Vabadussoja_Ajaloo_Komitee, lk 72
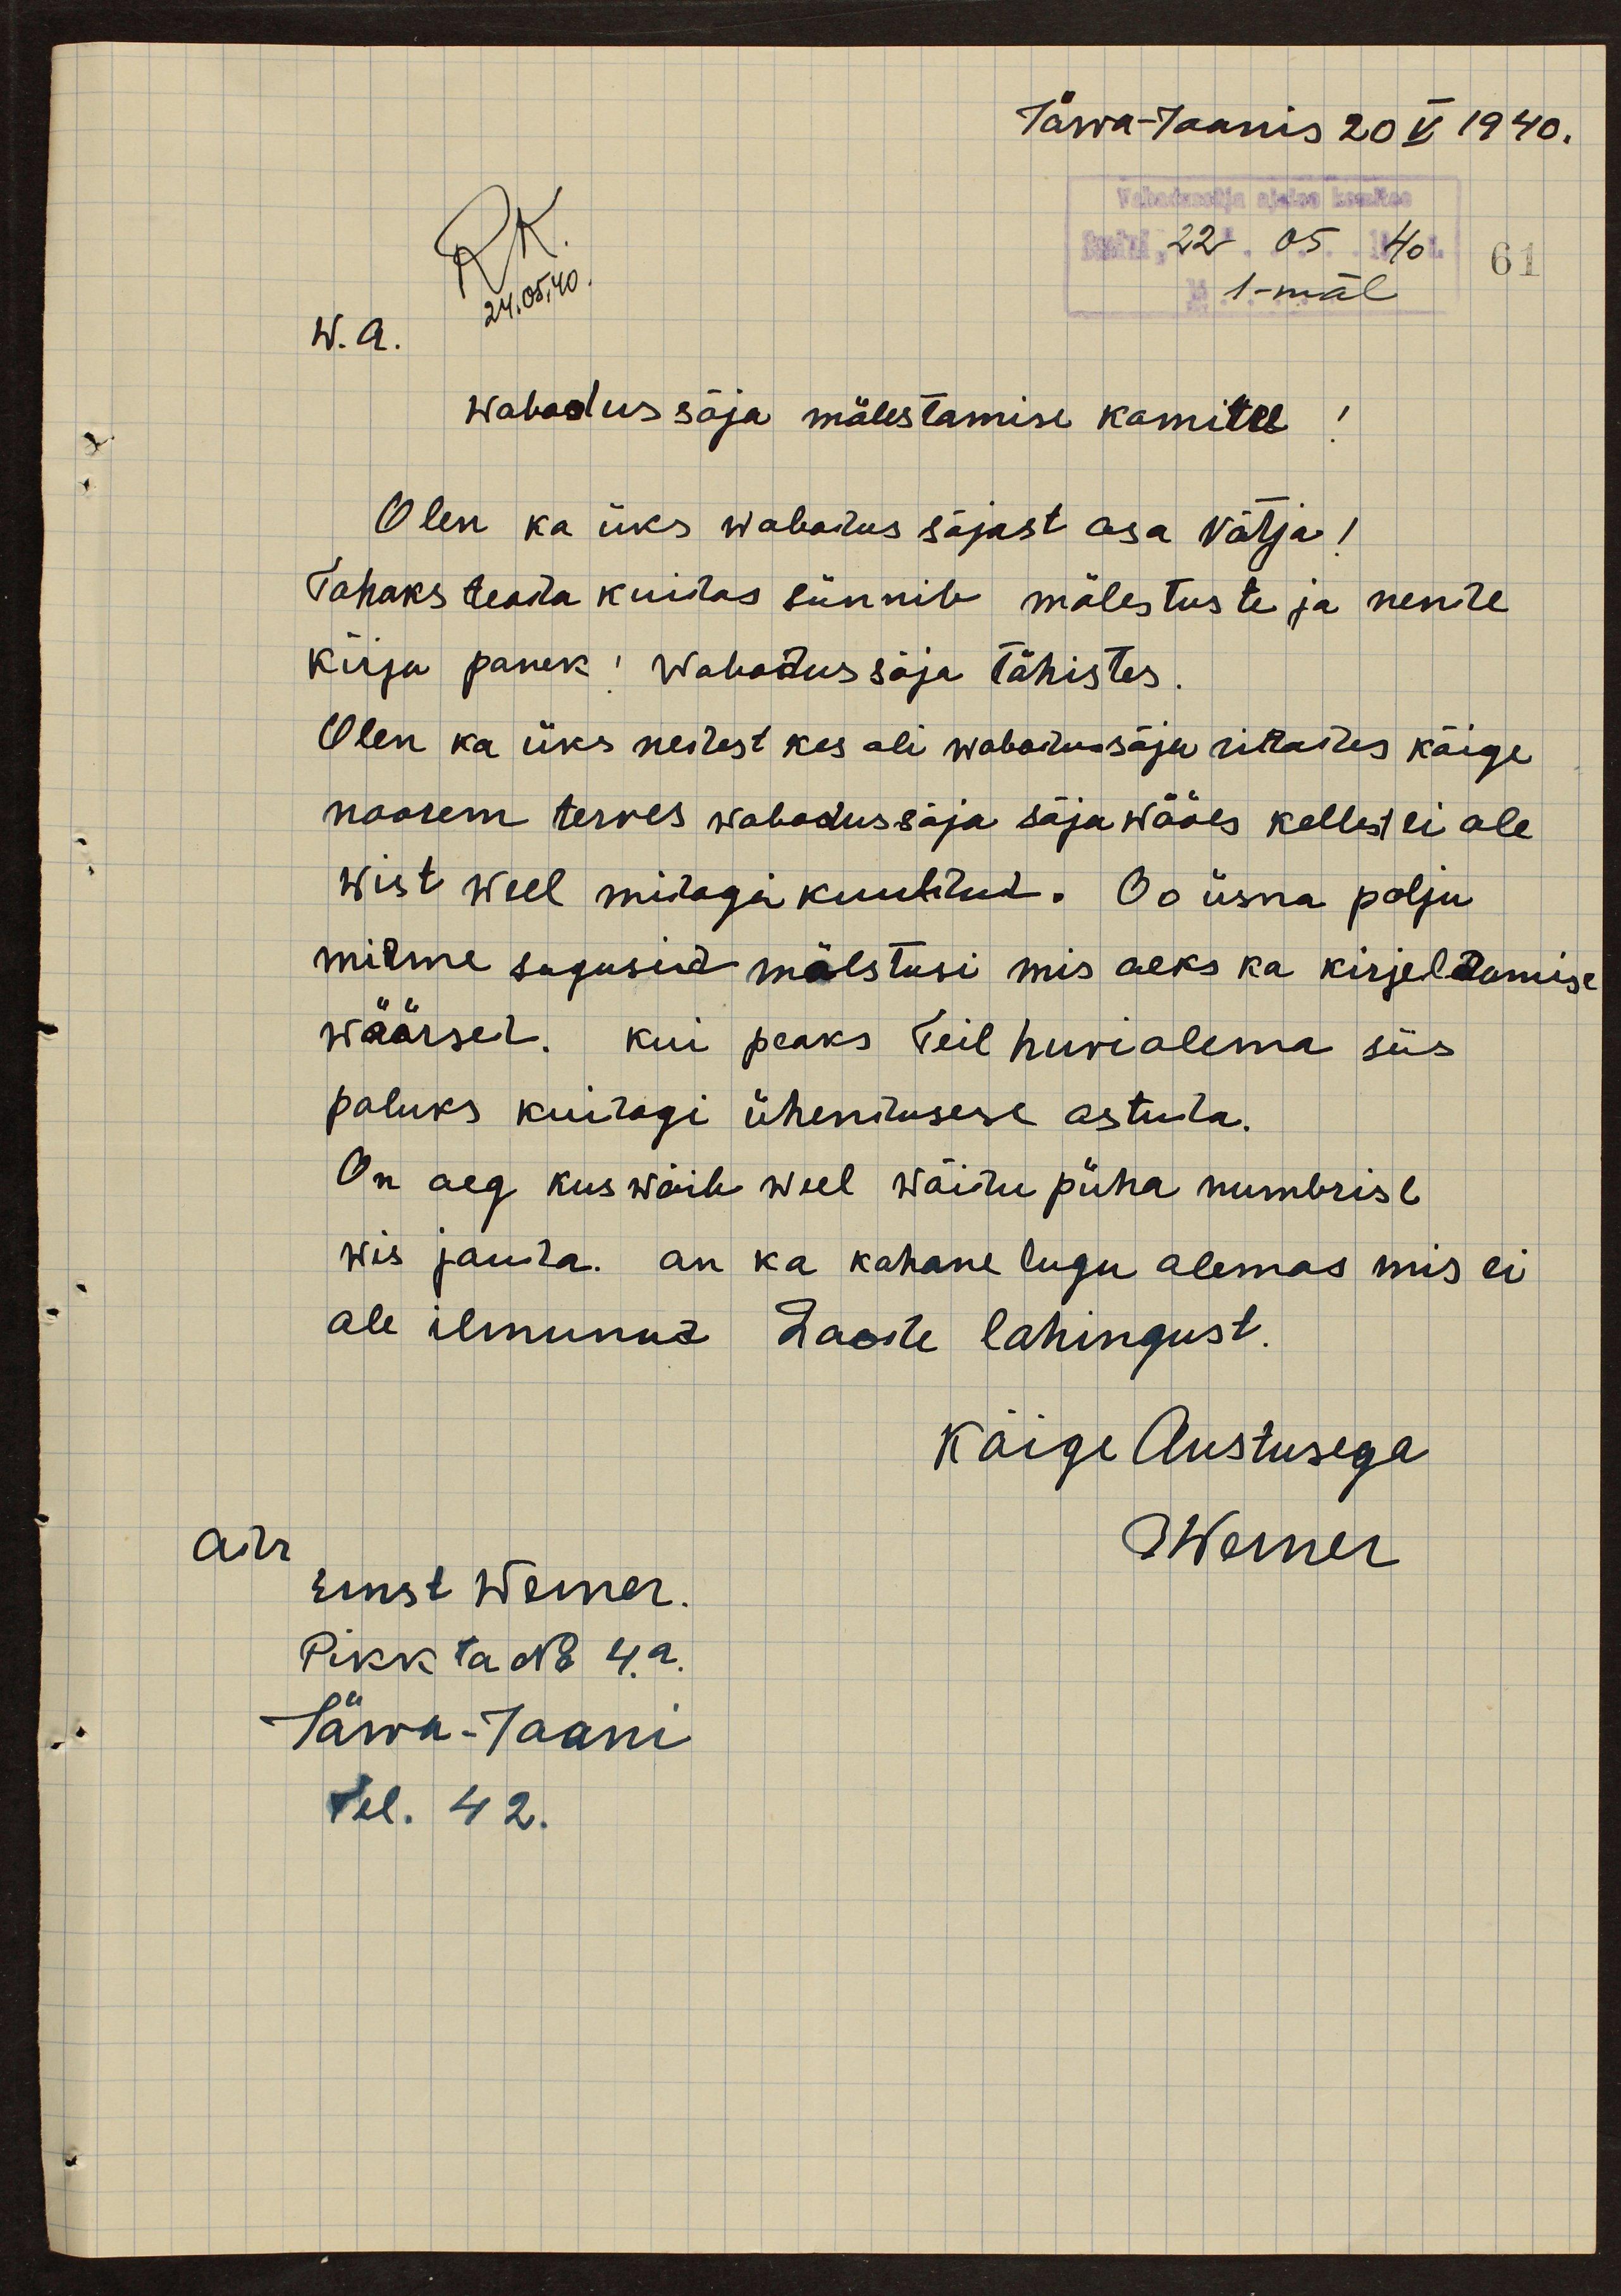
Järva-Jaanis 20 V 1940.
RK.
Vabadussõja ajaloo komitee
Saadud: "22" 05 1940
61
24.05.40
1-mal
W. a.
61
Wabadus sõja mälestamise komitee!
Olen ka üks wabadus sõjast osa võtja,
Tahaks teada kuidas sünnib mälestuste ja nende
kirja panek wabadussõja tähistes.
Olen ka üks neitest kes oli wabadussõja rittades kõige.
noorem terves wabadussõja sõjawääes kellest ei ole
wist weel midagi kuuldud. Oo üsna palju
mitme sugusid mälstusi mis oeks ka kirjeldamise
wäärsed, kui peaks Teil huviolema siis
paluks kuidagi ühendusese astuda.
On aeg kus wõib weel wõidu püha numbrise
wis jouda. on ka kohane lugu olemas mis ei
ole ilmunud Laoste lahingust.
Kõige Austusega
adr.
Ernst Werner
OWerner
Pikk ta No 4.a.
Järva-Jaani
tel. 42.